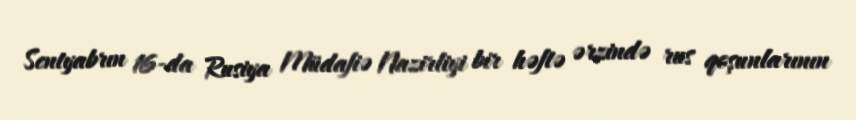
Sentyabrın 16-da Rusiya Müdafiə Nazirliyi bir həftə ərzində rus qoşunlarının